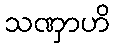
သဏှာဟိ